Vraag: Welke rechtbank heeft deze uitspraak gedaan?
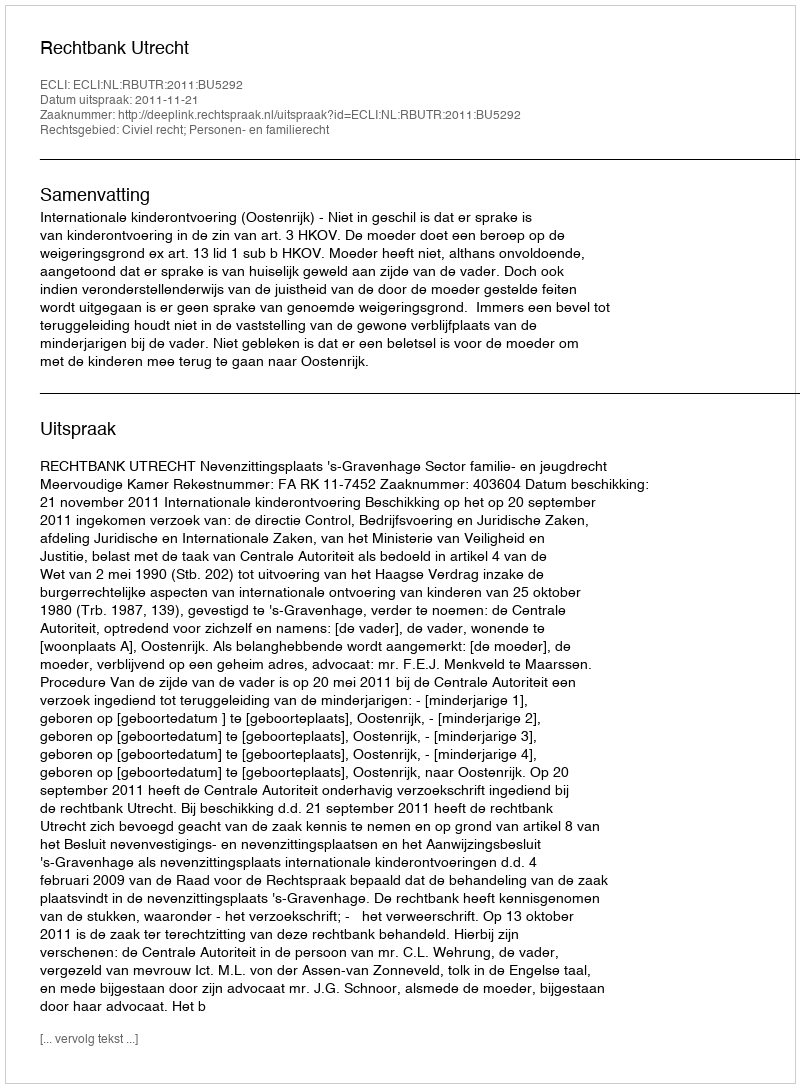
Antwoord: Rechtbank Utrecht